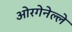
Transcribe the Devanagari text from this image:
ओरगेनेल्ले